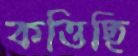
কত্তিছি